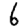
Digit: 6